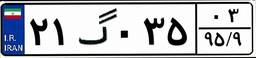
۶۹گ۰۱۱۵۹